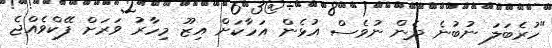
"ހުރެބަލަ ނުބުނެ ދެން ނުވެސް އުޅެން އަހާކަށް އިޒޫ މިހާރު ވަރަށް ފޭކްވެއްޖެ